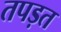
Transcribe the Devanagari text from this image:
तपड़त